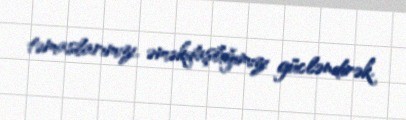
təmaslarımızı, əməkdaşlığımızı gücləndirək.